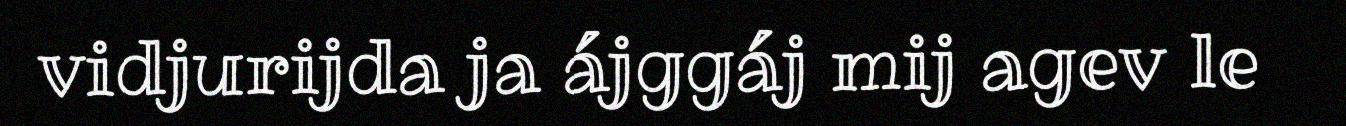
vidjurijda ja ájggáj mij agev le